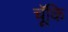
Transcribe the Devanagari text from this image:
चॅूकि